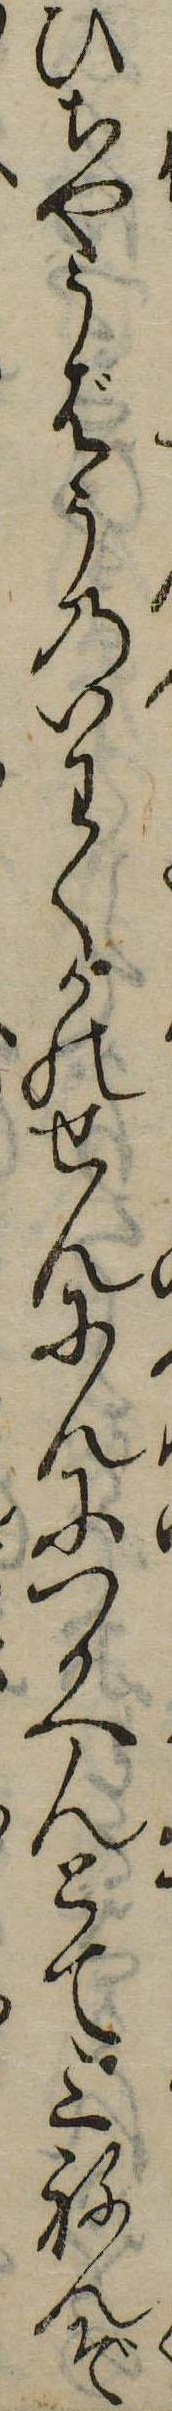
ひちやうばうのいわくかのせんにんにつかへんとて三ねんぞ